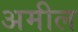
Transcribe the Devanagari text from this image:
अमील